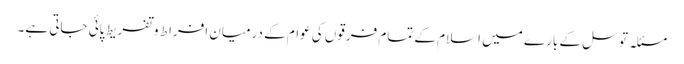
مسئلہ توسل کے بارے میں اسلام کے تمام فرقوں کی عوام کے درمیان افراط و تفریط پائی جاتی ہے۔